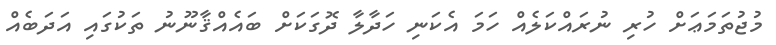
މުޖުތަމަޢަށް ހުރި ނުރައްކަލެއް ހަމަ އެކަނި ހަދާލާ ދޮގަކަށް ބައެއްޤާނޫނު ތަކުގައި އަދަބެއް